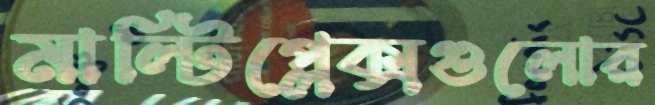
মাল্টিপ্লেক্সগুলোর